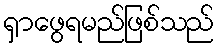
ရှာဖွေရမည်ဖြစ်သည်